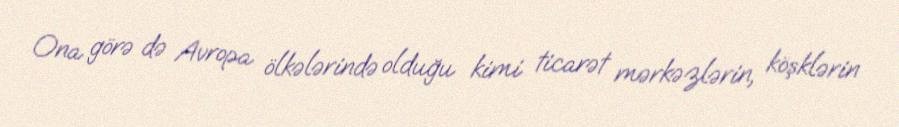
Ona görə də Avropa ölkələrində olduğu kimi ticarət mərkəzlərin, köşklərin